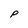
Character: P